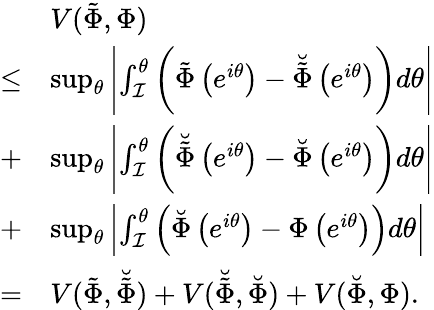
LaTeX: \begin{array}{rl}&{V(\tilde{\Phi},\Phi)}\\ {\leq}&{\operatorname*{sup}_{\theta}\left|\int_{\mathcal{I}}^{\theta}\left(\tilde{\Phi}\left(e^{i\theta}\right)-\breve{\tilde{\Phi}}\left(e^{i\theta}\right)\right)d\theta\right|}\\ {+}&{\operatorname*{sup}_{\theta}\left|\int_{\mathcal{I}}^{\theta}\left(\breve{\tilde{\Phi}}\left(e^{i\theta}\right)-\breve{\Phi}\left(e^{i\theta}\right)\right)d\theta\right|}\\ {+}&{\operatorname*{sup}_{\theta}\left|\int_{\mathcal{I}}^{\theta}\left(\breve{\Phi}\left(e^{i\theta}\right)-\Phi\left(e^{i\theta}\right)\right)d\theta\right|}\\ {=}&{V(\tilde{\Phi},\breve{\tilde{\Phi}})+V(\breve{\tilde{\Phi}},\breve{\Phi})+V(\breve{\Phi},\Phi).}\end{array}